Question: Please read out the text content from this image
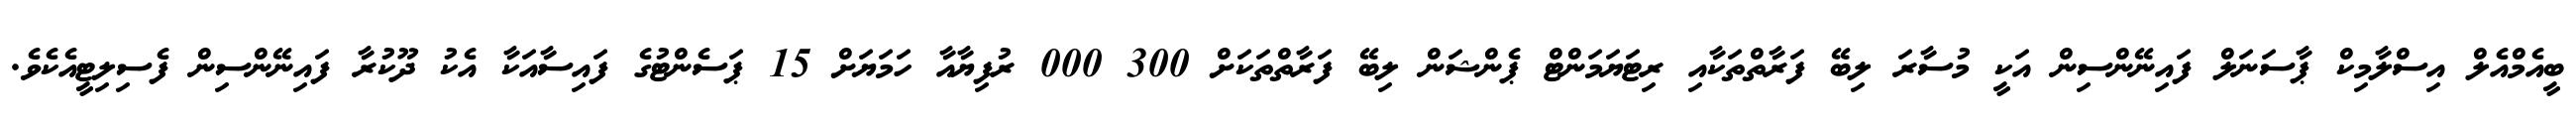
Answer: ބީއެމްއެލް އިސްލާމިކް ޕާސަނަލް ފައިނޭންސިން އަކީ މުސާރަ ލިބޭ ފަރާތްތަކާއި ރިޓަޔަމަންޓް ޕެންޝަން ލިބޭ ފަރާތްތަކަށް 300 000 ރުފިޔާއާ ހަމަޔަށް 15 ޕަސެންޓުގެ ފައިސާއަކާ އެކު ދޫކުރާ ފައިނޭންސިން ފެސިލިޓީއެކެވެ.